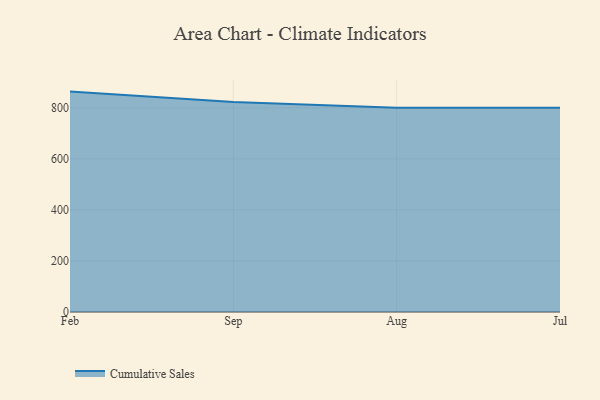
{"axis": {"x": "Month", "y": "Page Views"}, "legend": ["Cumulative Sales"], "data": [{"x": "Feb", "y": 863.7, "type": "Cumulative Sales"}, {"x": "Sep", "y": 822.8, "type": "Cumulative Sales"}, {"x": "Aug", "y": 800, "type": "Cumulative Sales"}, {"x": "Jul", "y": 800, "type": "Cumulative Sales"}]}